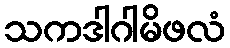
သကဒါဂါမိဖလံ